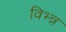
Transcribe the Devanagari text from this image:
विभ्न्न